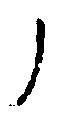
ノ